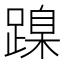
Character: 𨃔